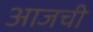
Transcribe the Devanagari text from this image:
अाजची